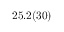
2 5 . 2 ( 3 0 )